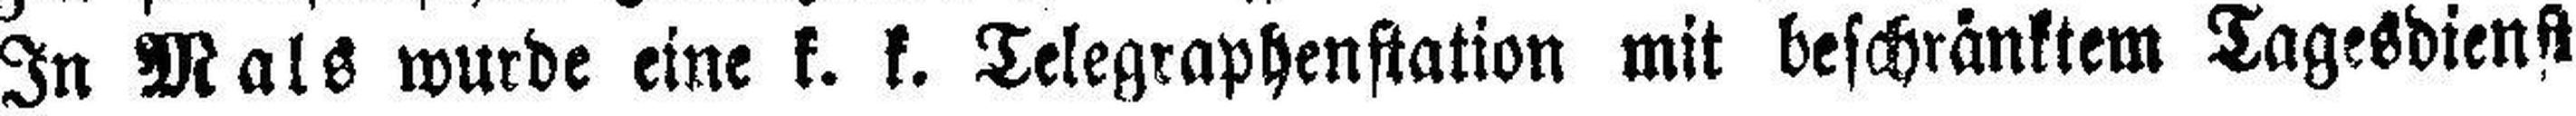
In Mals wurde eine k. k. Telegraphenstation mit beschränktem Tagesdienst